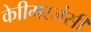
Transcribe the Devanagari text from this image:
केाीमरजंसी